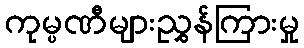
ကုမ္ပဏီများညွှန်ကြားမှု